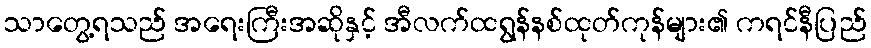
သာတွေ့ရသည် အရေးကြီးအဆိုနှင့် အီလက်ထရွန်နစ်ထုတ်ကုန်များ၏ ကရင်နီပြည်